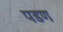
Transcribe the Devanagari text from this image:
पडण